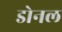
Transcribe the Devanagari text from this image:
डोनल